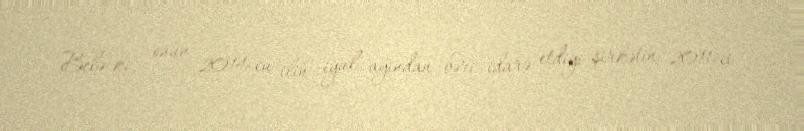
Belə ki, onun 2014-cu ilin iyul ayından bəri idarə etdiyi şirkətin 2011-ci